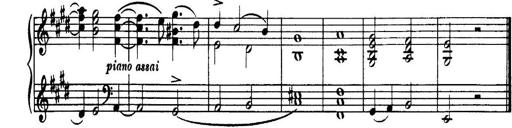
Title: 3 Sonatinas, Op.67
Composer: Jean Sibelius